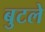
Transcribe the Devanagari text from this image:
बुटले